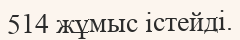
514 жұмыс істейді.